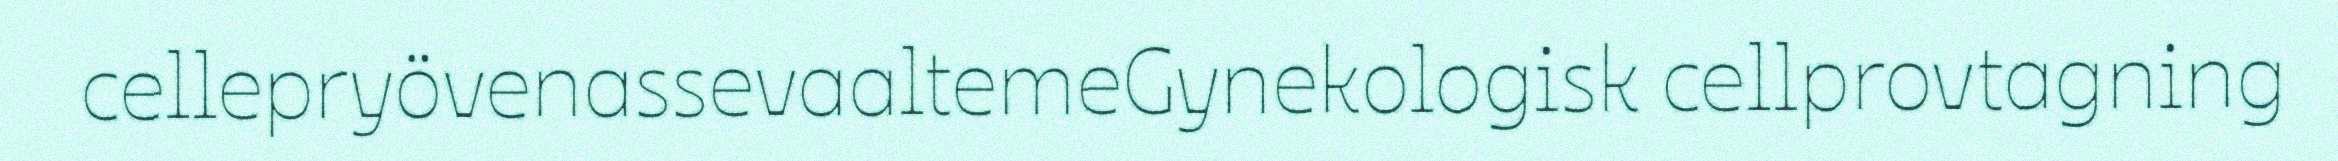
cellepryövenassevaaltemeGynekologisk cellprovtagning